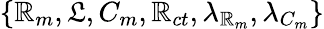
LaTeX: \left\{ \mathbb{R}_{m},\mathfrak{L},C_{m},\mathbb{R}_{ct},\lambda_{\mathbb{R}_{m}},\lambda_{C_{m}}\right\}